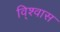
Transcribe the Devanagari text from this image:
वि्श्वास